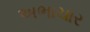
અભાચાર